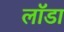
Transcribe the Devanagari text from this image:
लॉडा